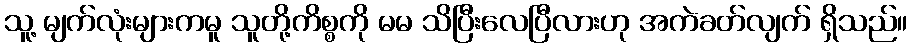
သူ့ မျက်လုံးများကမူ သူတို့ကိစ္စကို မမ သိပြီးလေပြီလားဟု အကဲခတ်လျက် ရှိသည်။